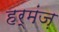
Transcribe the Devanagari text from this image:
हर्मंज़